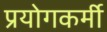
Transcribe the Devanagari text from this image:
प्रयोगकर्मी